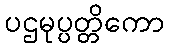
ပဌမုပ္ပတ္တိကော